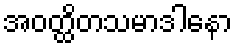
အဝတ္ထိတသမာဒါနော